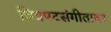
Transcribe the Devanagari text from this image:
चित्रपटसंगीतावर